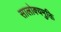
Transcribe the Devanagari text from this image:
सालोक्यमुक्ति